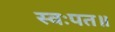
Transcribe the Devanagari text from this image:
स्वःपत॥